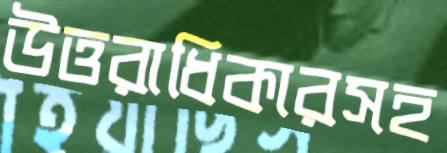
উত্তরাধিকারসহ